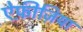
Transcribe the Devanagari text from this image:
ऐफ़ीज़िया